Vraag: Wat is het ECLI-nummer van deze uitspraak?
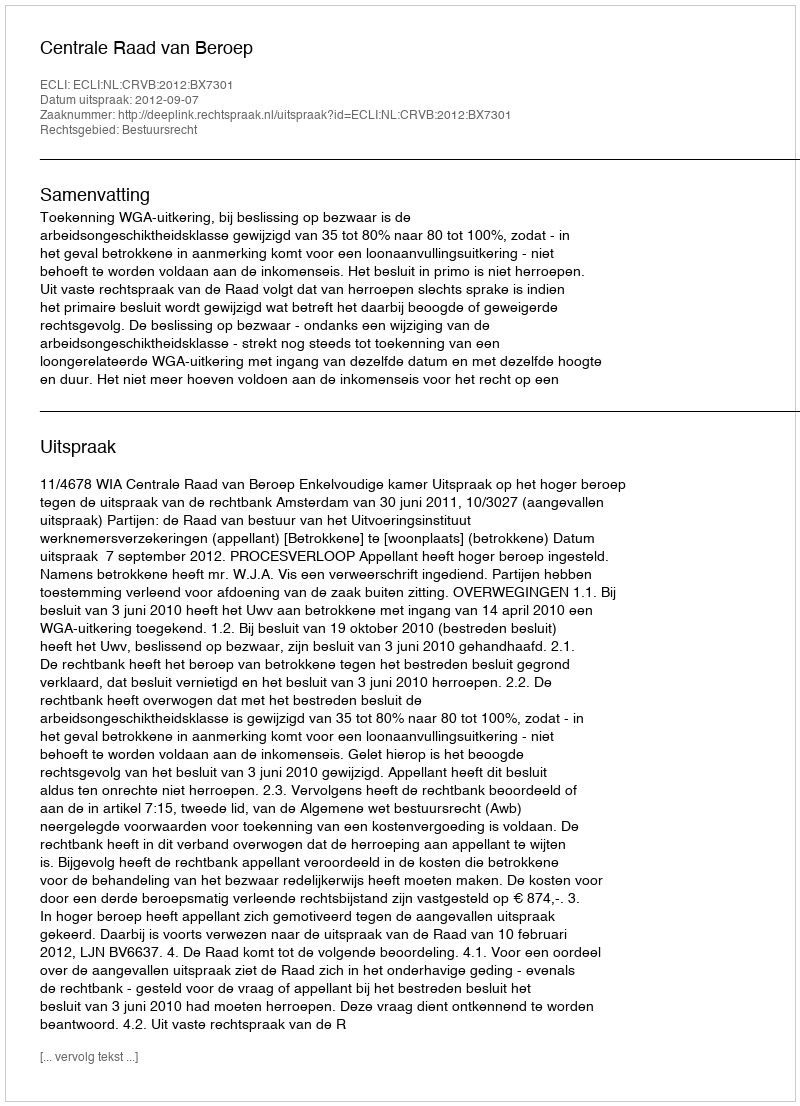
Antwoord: ECLI:NL:CRVB:2012:BX7301